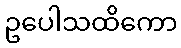
ဥပေါသထိကော